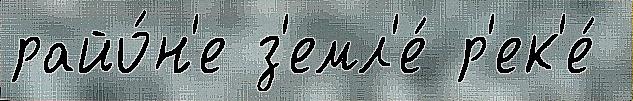
райо́н'е з'емл'е́ р'ек'е́